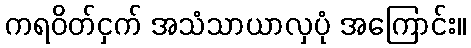
ကရဝိတ်ငှက် အသံသာယာလှပုံ အကြောင်း။